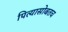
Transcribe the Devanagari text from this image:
पित्यासोबतच